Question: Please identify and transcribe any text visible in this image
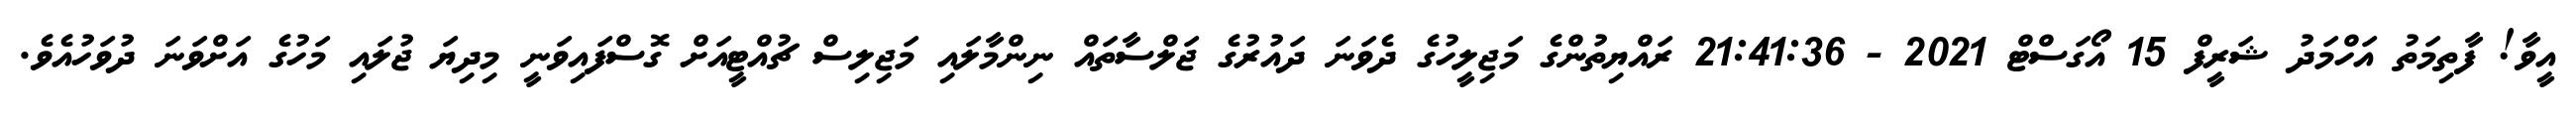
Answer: އީވާ! ފާތިމަތު އަހްމަދު ޝަރީފް 15 އޯގަސްޓް 2021 - 21:41:36 ރައްޔިތުންގެ މަޖިލީހުގެ ދެވަނަ ދައުރުގެ ޖަލްސާތައް ނިންމާލައި މަޖިލިސް ޗުއްޓީއަށް ގޮސްފައިވަނީ މިދިޔަ ޖުލައި މަހުގެ އަށްވަނަ ދުވަހުއެވެ.